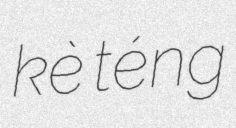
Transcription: kè téng